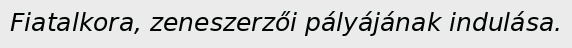
Fiatalkora, zeneszerzői pályájának indulása.